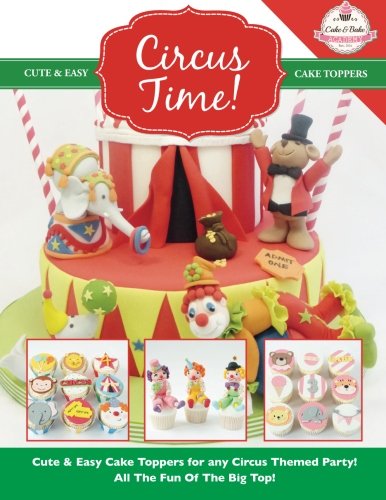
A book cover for Circus Time!: Cute & Easy Cake Toppers for any Circus Themed Party! All The Fun Of The Big Top ! (Cute & Easy Cake Toppers Collection) (Volume 8); The Cake & Bake Academy; Cookbooks, Food & Wine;